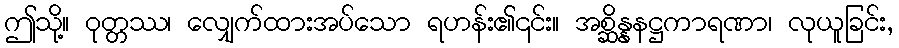
ဤသို့။ ဝုတ္တဿ၊ လျှေက်ထားအပ်သော ရဟန်း၏၎င်း။ အစ္ဆိန္နနဋ္ဌကာရဏာ၊ လုယူခြင်း,